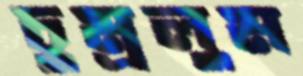
চুম্‌রলুম